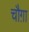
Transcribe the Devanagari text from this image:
चौग़ा